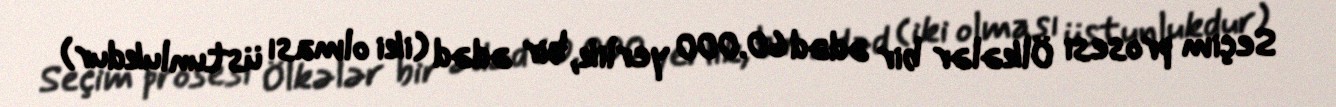
Seçim prosesi Ölkələr bir ədəd 60.000 yerlik, bir ədəd (iki olması üstunlukdur)